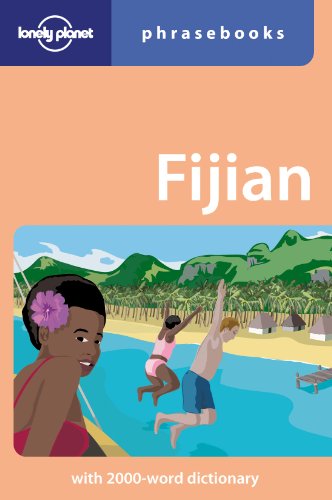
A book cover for Fijian: Lonely Planet Phrasebook; Paul Geraghty; Travel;